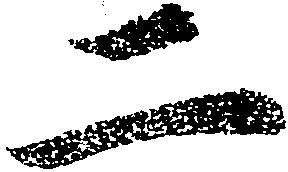
二